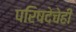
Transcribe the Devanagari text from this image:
परिषदेचेही